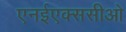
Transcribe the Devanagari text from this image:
एनईएक्ससीओ